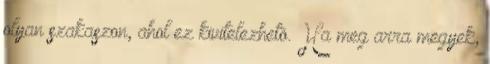
olyan szakaszon, ahol ez kivitelezhetõ. Ha meg arra megyek,